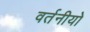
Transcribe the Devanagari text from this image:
वर्तनीयो